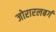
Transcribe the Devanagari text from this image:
जोरारलबर्ग